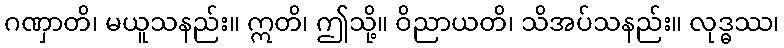
ဂဏှာတိ၊ မယူသနည်း။ ဣတိ၊ ဤသို့။ ဝိညာယတိ၊ သိအပ်သနည်း။ လုဒ္ဓဿ၊